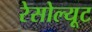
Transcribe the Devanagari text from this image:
रेसोल्यूट